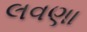
લવણા